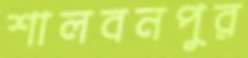
শালবনপুর